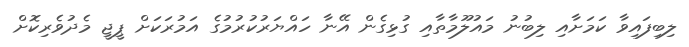
ލިބިފައިވާ ކަމަށާއި ލިބުނު މައުލޫމާތާއި ގުޅިގެން އޭނާ ހައްޔަރުކުރުމުގެ އަމުރަކަށް ޕީޖީ މެދުވެރިކޮށް